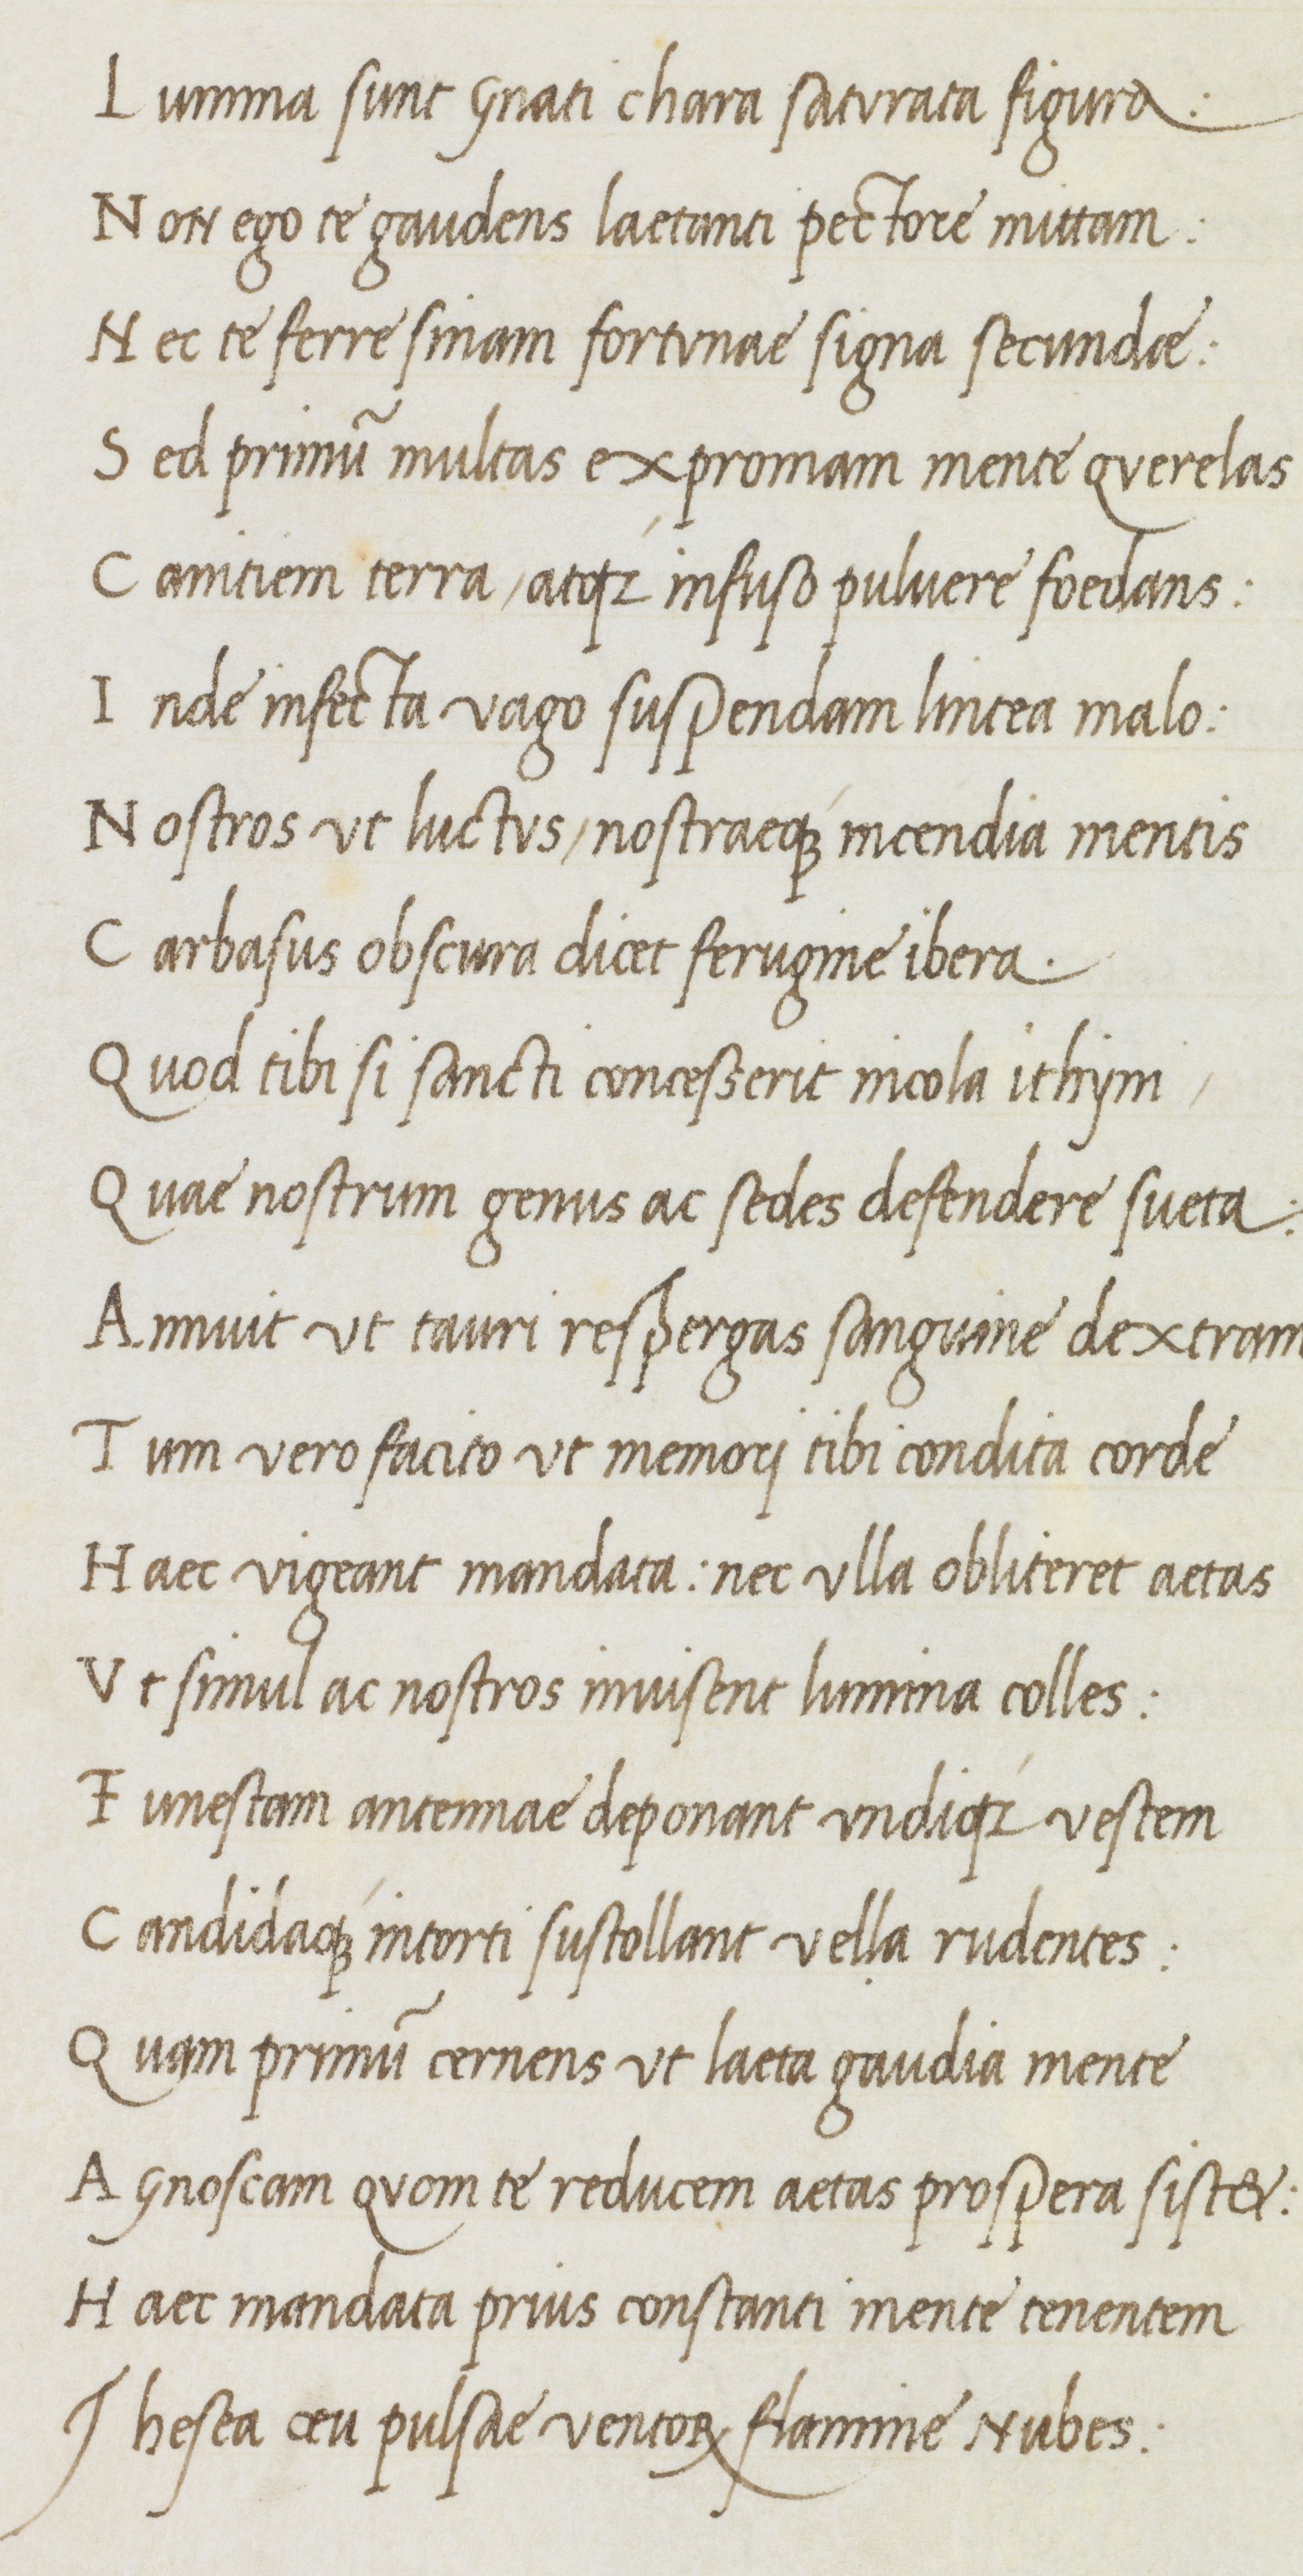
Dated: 1470–1499